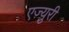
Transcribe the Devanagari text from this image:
एज़्युरी